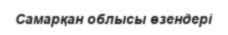
Самарқан облысы өзендері